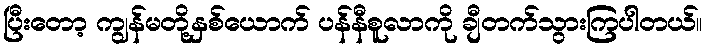
ပြီးတော့ ကျွန်မတို့နှစ်ယောက် ပန်နီစူလာကို ချီတက်သွားကြပါတယ်။